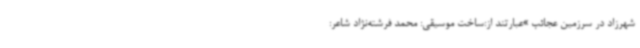
شهرزاد در سرزمین عجائب »عبارتند از:ساخت موسیقی: محمد فرشته‌نژاد شاعر: